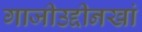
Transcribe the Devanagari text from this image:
गाजीउद्दीनखां